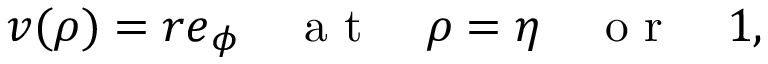
\boldsymbol { v } ( \rho ) = r \boldsymbol { e } _ { \phi } \quad \mathrm { ~ a ~ t ~ } \quad \rho = \eta \quad \mathrm { ~ o ~ r ~ } \quad 1 ,